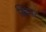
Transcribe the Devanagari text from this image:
किपट